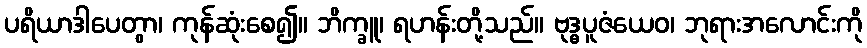
ပရိယာဒါပေတွာ၊ ကုန်ဆုံးစေ၍။ ဘိက္ခူ၊ ရဟန်းတို့သည်။ ဗုဒ္ဓပူဇံယေဝ၊ ဘုရားအလောင်းကို